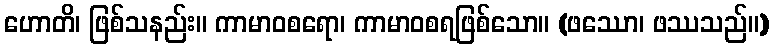
ဟောတိ၊ ဖြစ်သနည်း။ ကာမာဝစရော၊ ကာမာဝစရဖြစ်သော။ (ဖဿော၊ ဖဿသည်။)